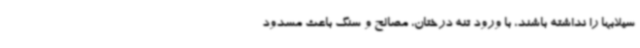
سیلابها را نداشته باشند، با ورود تنه درختان، مصالح و سنگ باعث مسدود